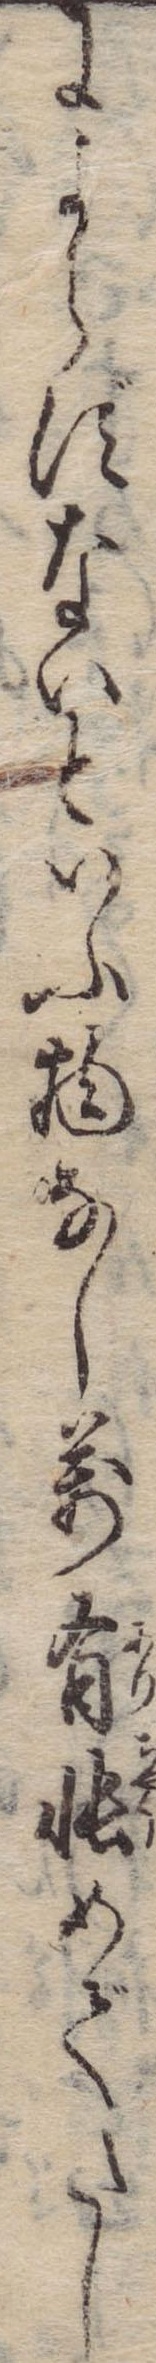
によらずないといふ物なし万有帳めでたし